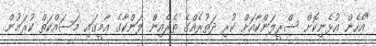
"އެހެން އުޅެނިކޮށް ސްރީލަންކާއަށް ކުރި ދަތުރެއްގެ ތެރެއިން ލަންކާގެ އާމީގައި މަސައްކަތް ކުރަމުން